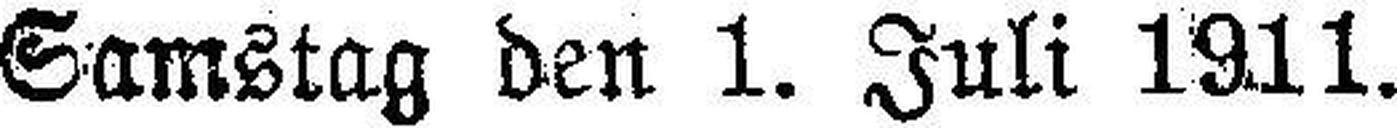
Samstag den 1. Juli 1911.